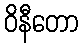
ဝိနီတော